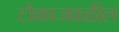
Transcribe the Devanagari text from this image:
टोकाजवळील